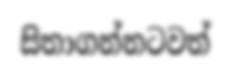
සිතාගන්නටවත්